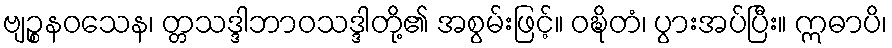
ဗျဉ္စနဝသေန၊ တ္တသဒ္ဒါဘာဝသဒ္ဒါတို့၏ အစွမ်းဖြင့်။ ဝဍ္ဎိတံ၊ ပွားအပ်ပြီး။ ဣဓာပိ၊